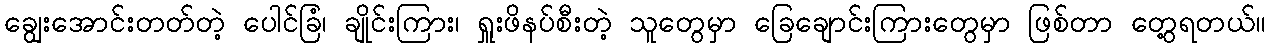
ချွေးအောင်းတတ်တဲ့ ပေါင်ခြံ၊ ချိုင်းကြား၊ ရှူးဖိနပ်စီးတဲ့ သူတွေမှာ ခြေချောင်းကြားတွေမှာ ဖြစ်တာ တွေ့ရတယ်။